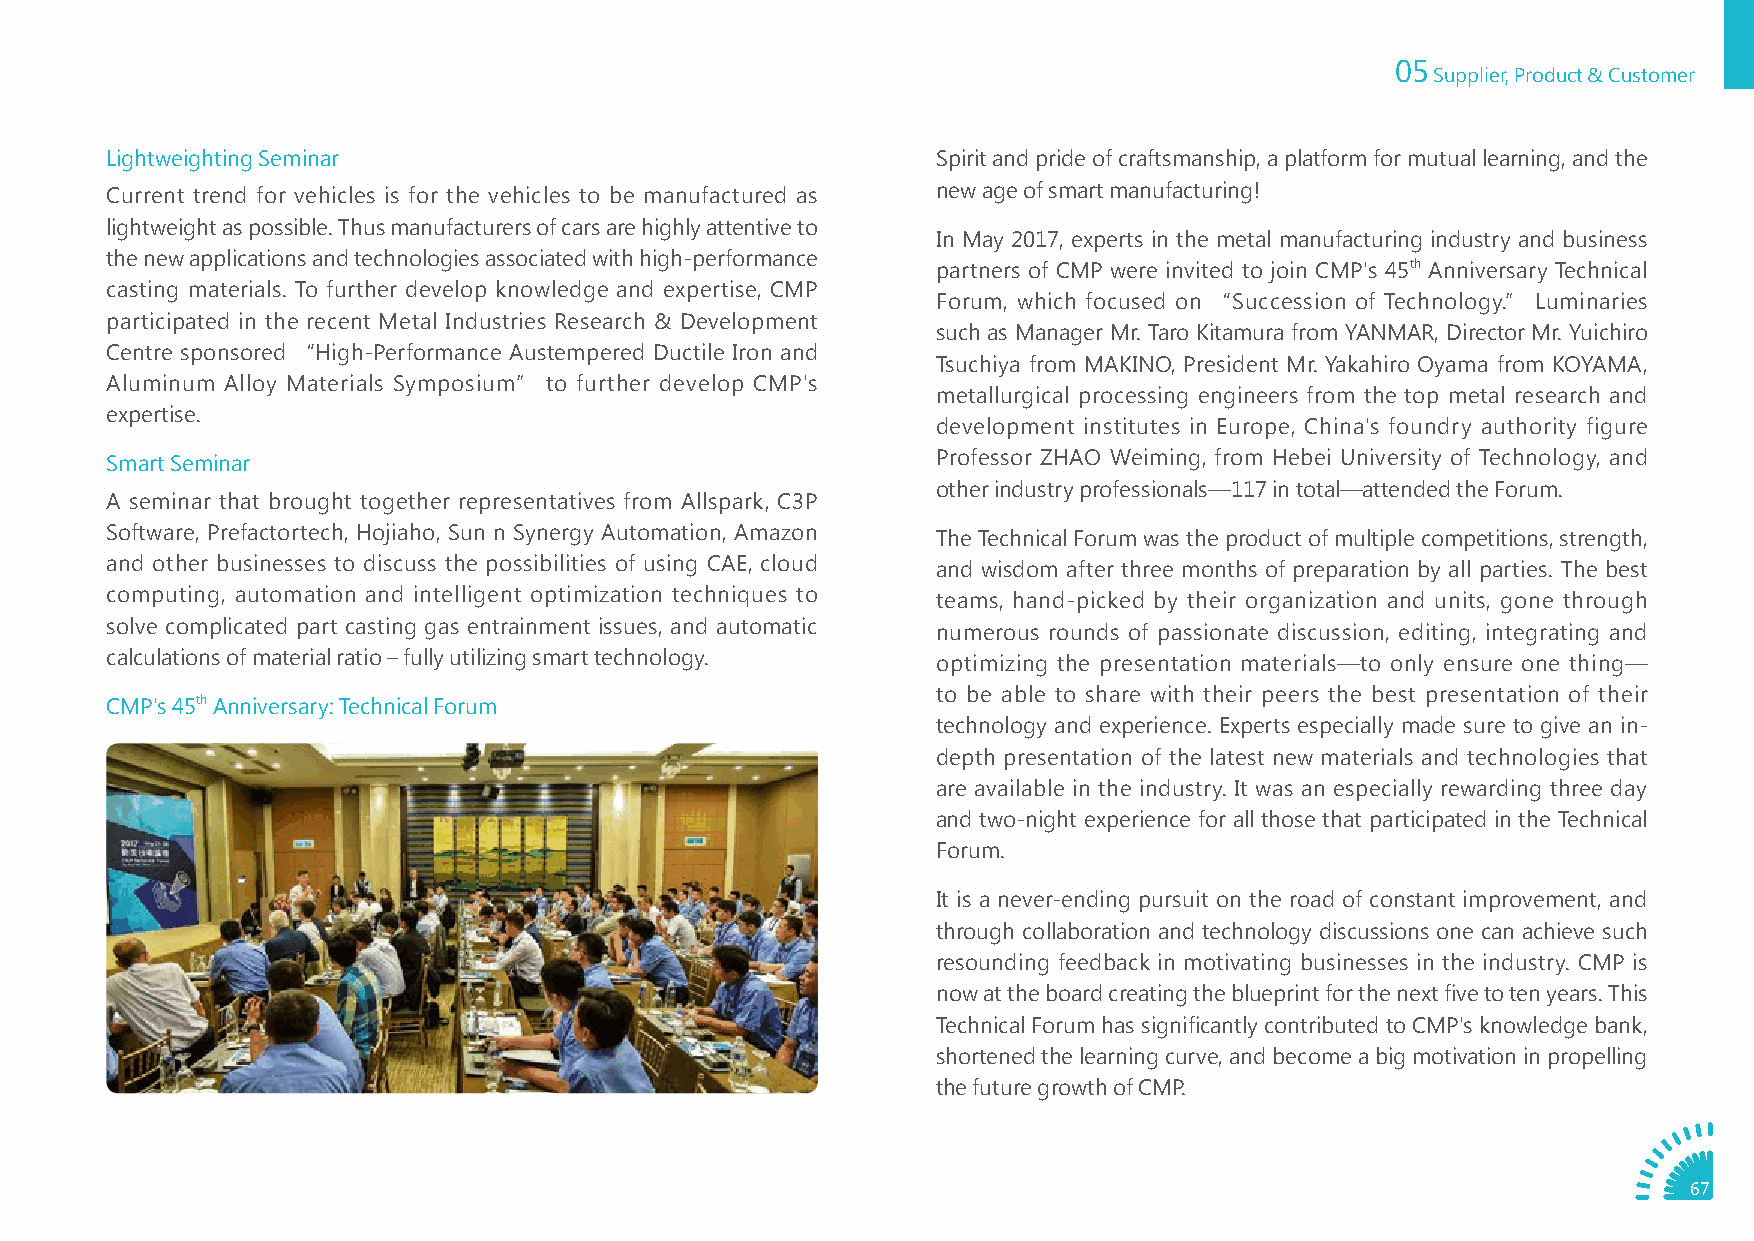
05
 Supplier, Product & Customer
 Lightweighting Seminar                                 Spirit and pride of craftsmanship, a platform for mutual learning, and the
 Current trend for vehicles is for the vehicles to be manufactured as new age of smart manufacturing!
 lightweight as possible. Thus manufacturers of cars are highly attentive to
 In May 2017, experts in the metal manufacturing industry and business
 the new applications and technologies associated with high-performance
 partners of CMP were invited to join CMP's 45th Anniversary Technical
 casting materials. To further develop knowledge and expertise, CMP
 Forum, which focused on “Succession of Technology.” Luminaries
 participated in the recent Metal Industries Research & Development
 such as Manager Mr. Taro Kitamura from YANMAR, Director Mr. Yuichiro
 Centre sponsored “High-Performance Austempered Ductile Iron and
 Tsuchiya from MAKINO, President Mr. Yakahiro Oyama from KOYAMA,
 Aluminum Alloy Materials Symposium” to further develop CMP's
 metallurgical processing engineers from the top metal research and
 expertise.
 development institutes in Europe, China's foundry authority figure
 Smart Seminar                                          Professor ZHAO Weiming, from Hebei University of Technology, and
 other industry professionals—117 in total—attended the Forum.
 A seminar that brought together representatives from Allspark, C3P
 Software, Prefactortech, Hojiaho, Sun n Synergy Automation, Amazon The Technical Forum was the product of multiple competitions, strength,
 and other businesses to discuss the possibilities of using CAE, cloud and wisdom after three months of preparation by all parties. The best
 computing, automation and intelligent optimization techniques to teams, hand-picked by their organization and units, gone through
 solve complicated part casting gas entrainment issues, and automatic numerous rounds of passionate discussion, editing, integrating and
 calculations of material ratio – fully utilizing smart technology. optimizing the presentation materials—to only ensure one thing—
 to be able to share with their peers the best presentation of their
 CMP's 45th Anniversary: Technical Forum
 technology and experience. Experts especially made sure to give an in-
 depth presentation of the latest new materials and technologies that
 are available in the industry. It was an especially rewarding three day
 and two-night experience for all those that participated in the Technical
 Forum.
 It is a never-ending pursuit on the road of constant improvement, and
 through collaboration and technology discussions one can achieve such
 resounding feedback in motivating businesses in the industry. CMP is
 now at the board creating the blueprint for the next five to ten years. This
 Technical Forum has significantly contributed to CMP's knowledge bank,
 shortened the learning curve, and become a big motivation in propelling
 the future growth of CMP.
 67